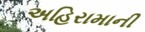
અહિરામાની